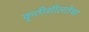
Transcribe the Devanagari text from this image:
कृतीशीलतेचा